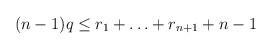
LaTeX: \begin{align*}(n-1) q \le r_1 + \ldots + r_{n+1} + n-1\end{align*}